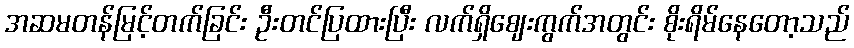
အဆမတန်မြင့်တက်ခြင်း ဦးတင်ပြထားပြီး လက်ရှိဈေးကွက်အတွင်း စိုးရိမ်နေတော့သည်